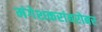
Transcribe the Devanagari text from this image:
मंगेशकरांबरोबर